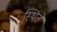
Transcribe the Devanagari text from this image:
स्थिते